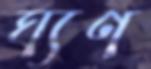
ঘ্যণ